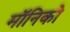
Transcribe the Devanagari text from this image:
मॉनिको